Civil Veterinary Department. United Provinces 1932-42 - 1932-1942
Year: 1932
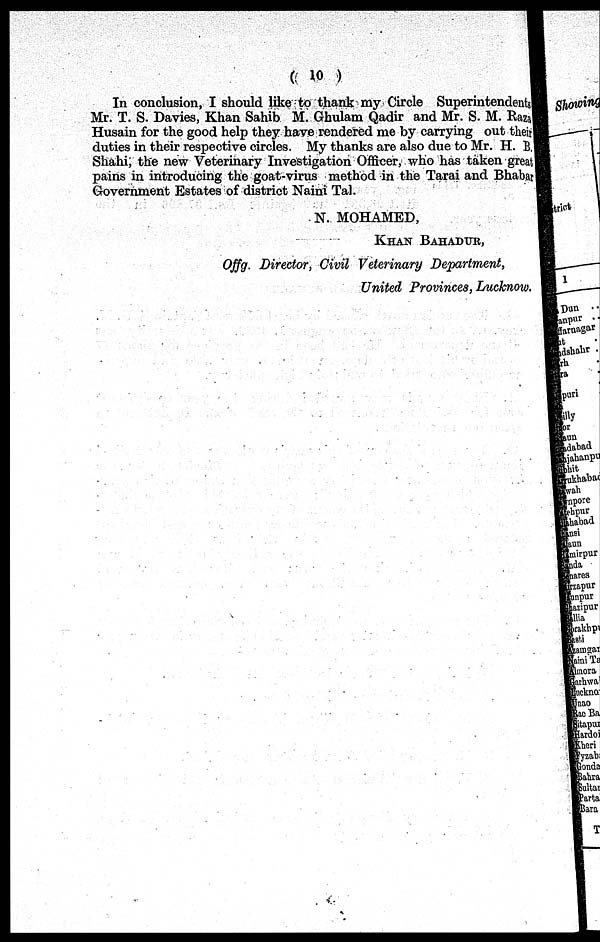
( 10 )
In conclusion, I should like to thank my Circle Superintendents
Mr. T. S. Davies, Khan Sahib M. Ghulam Qadir and Mr. S. M. Raza
Husain for the good help they have rendered me by carrying out their
duties in their respective circles. My thanks are also due to Mr. H. B.
Shahi, the new Veterinary Investigation Officer, who has taken great
pains in introducing the goat-virus method in the Tarai and Bhabar
Government Estates of district Naini Tal.
N. MOHAMED,
KHAN BAHADUR,
Offg. Director, Civil Veterinary Department,
United Provinces, Lucknow.